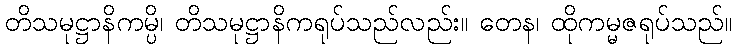
တိသမုဋ္ဌာနိကမ္ပိ၊ တိသမုဋ္ဌာနိကရုပ်သည်လည်း။ တေန၊ ထိုကမ္မဇရုပ်သည်။